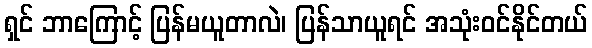
ရှင် ဘာကြောင့် ပြန်မယူတာလဲ၊ ပြန်သာယူရင် အသုံးဝင်နိုင်တယ်